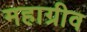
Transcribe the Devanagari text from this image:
महाग्रीव